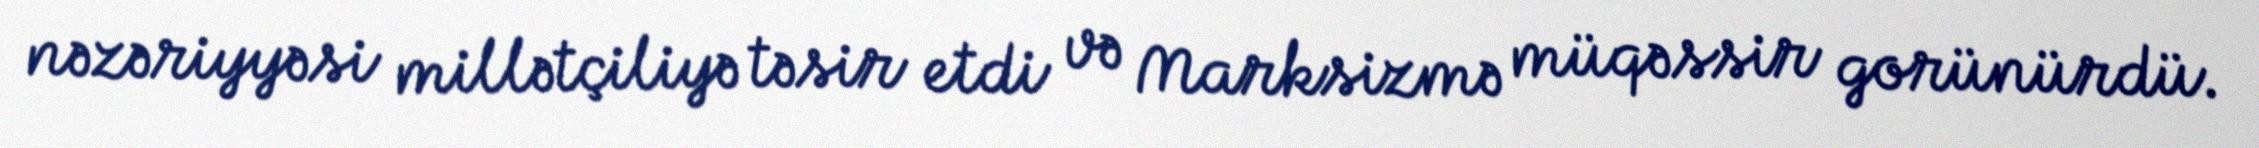
nəzəriyyəsi millətçiliyə təsir etdi və Marksizmə müqəssir gorünürdü.